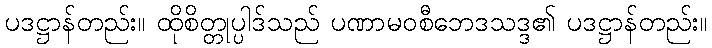
ပဒဋ္ဌာန်တည်း။ ထိုစိတ္တုပ္ပါဒ်သည် ပဏာမဝစီဘေဒသဒ္ဒ၏ ပဒဋ္ဌာန်တည်း။